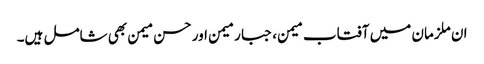
ان ملزمان میں آفتاب میمن، جبار میمن اور حسن میمن بھی شامل ہیں۔